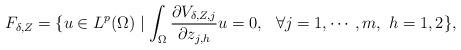
LaTeX: \begin{align*}F_{\delta,Z}=\{u\in L^p(\Omega)\mid \int_{\Omega}\frac{\partial V_{\delta, Z,j}}{\partial z_{j,h}}u=0,\ \ \forall j=1,\cdots,m,\ h=1,2\},\end{align*}